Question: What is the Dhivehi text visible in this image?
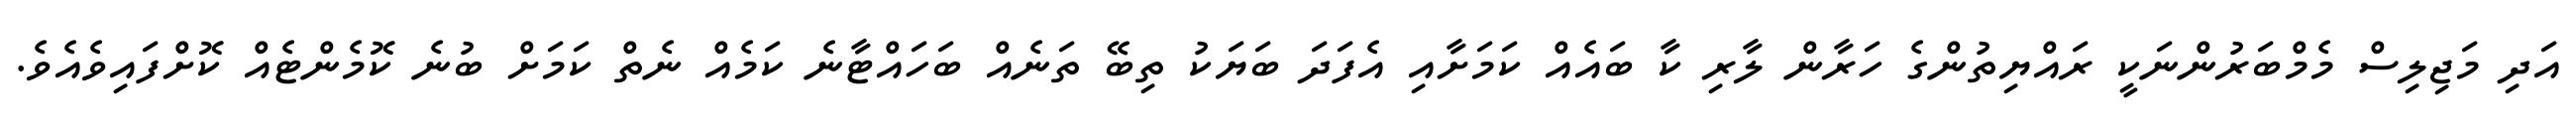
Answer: އަދި މަޖިލިސް މެމްބަރުންނަކީ ރައްޔިތުންގެ ހަރާން ލާރި ކާ ބައެއް ކަމަށާއި އެފަދަ ބަޔަކު ތިބޭ ތަނެއް ބަހައްޓާނެ ކަމެއް ނެތް ކަމަށް ބުނެ ކޮމެންޓެއް ކޮށްފައިވެއެވެ.